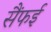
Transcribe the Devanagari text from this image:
सैंफई